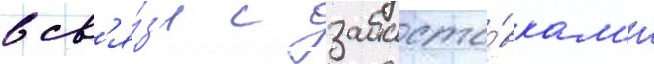
в св'я́з'и с забасто́вкам'и